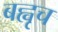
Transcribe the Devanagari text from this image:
बह्वृच